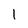
Character: l